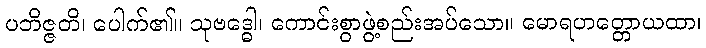
ပဘိဇ္ဇတိ၊ ပေါက်၏။ သုဗဒ္ဓေါ၊ ကောင်းစွာဖွဲ့စည်းအပ်သော။ မောရဟတ္တောယထာ၊